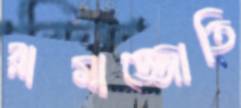
রামাজ্জোতি